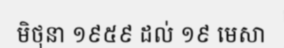
មិថុនា ១៩៥៩ ដល់ ១៩ មេសា